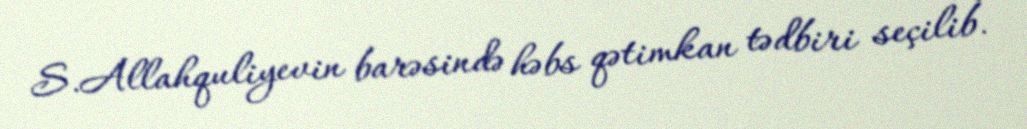
S.Allahquliyevin barəsində həbs qətimkan tədbiri seçilib.